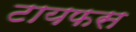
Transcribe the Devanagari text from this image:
टायफस